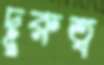
দূরুত্ব